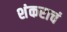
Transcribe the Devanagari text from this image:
शंकराचं